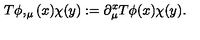
T \phi , _ { \mu } ( x ) \chi ( y ) : = \partial _ { \mu } ^ { x } T \phi ( x ) \chi ( y ) . \nonumber